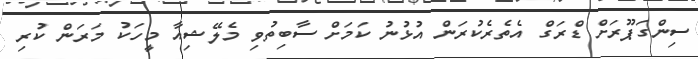
ސިންގަޕޫރަށް ޑްރަގް އެތެރެކުރަން އުޅުނު ކަމަށް ސާބިތުވި މެލޭޝިއާ މީހަކު މަރަން ކުރި